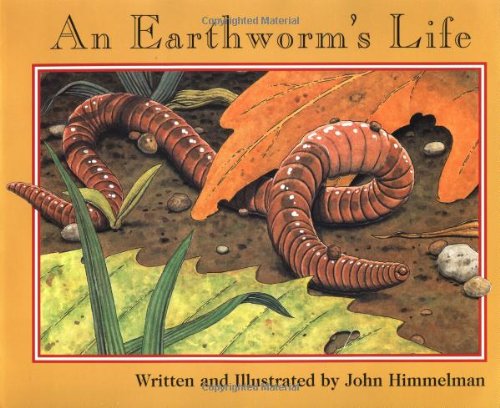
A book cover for An Earthworm's Life (Nature Upclose); John Himmelman; Children's Books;